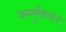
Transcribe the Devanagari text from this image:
कार्मुकशर